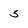
Character: 5